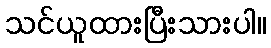
သင်ယူထားပြီးသားပါ။